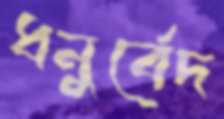
ধনুর্বেদ